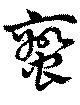
蛮